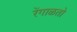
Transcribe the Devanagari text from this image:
रेंगाळतो